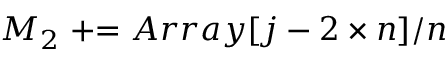
M _ { 2 } \mathrel { + } = A r r a y [ j - 2 \times n ] / n